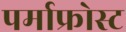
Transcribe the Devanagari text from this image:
पर्माफ्रोस्ट